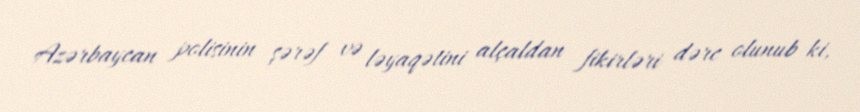
Azərbaycan polisinin şərəf və ləyaqətini alçaldan fikirləri dərc olunub ki,